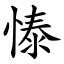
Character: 㥭